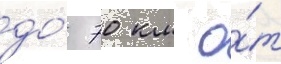
до́ 70 км о́т